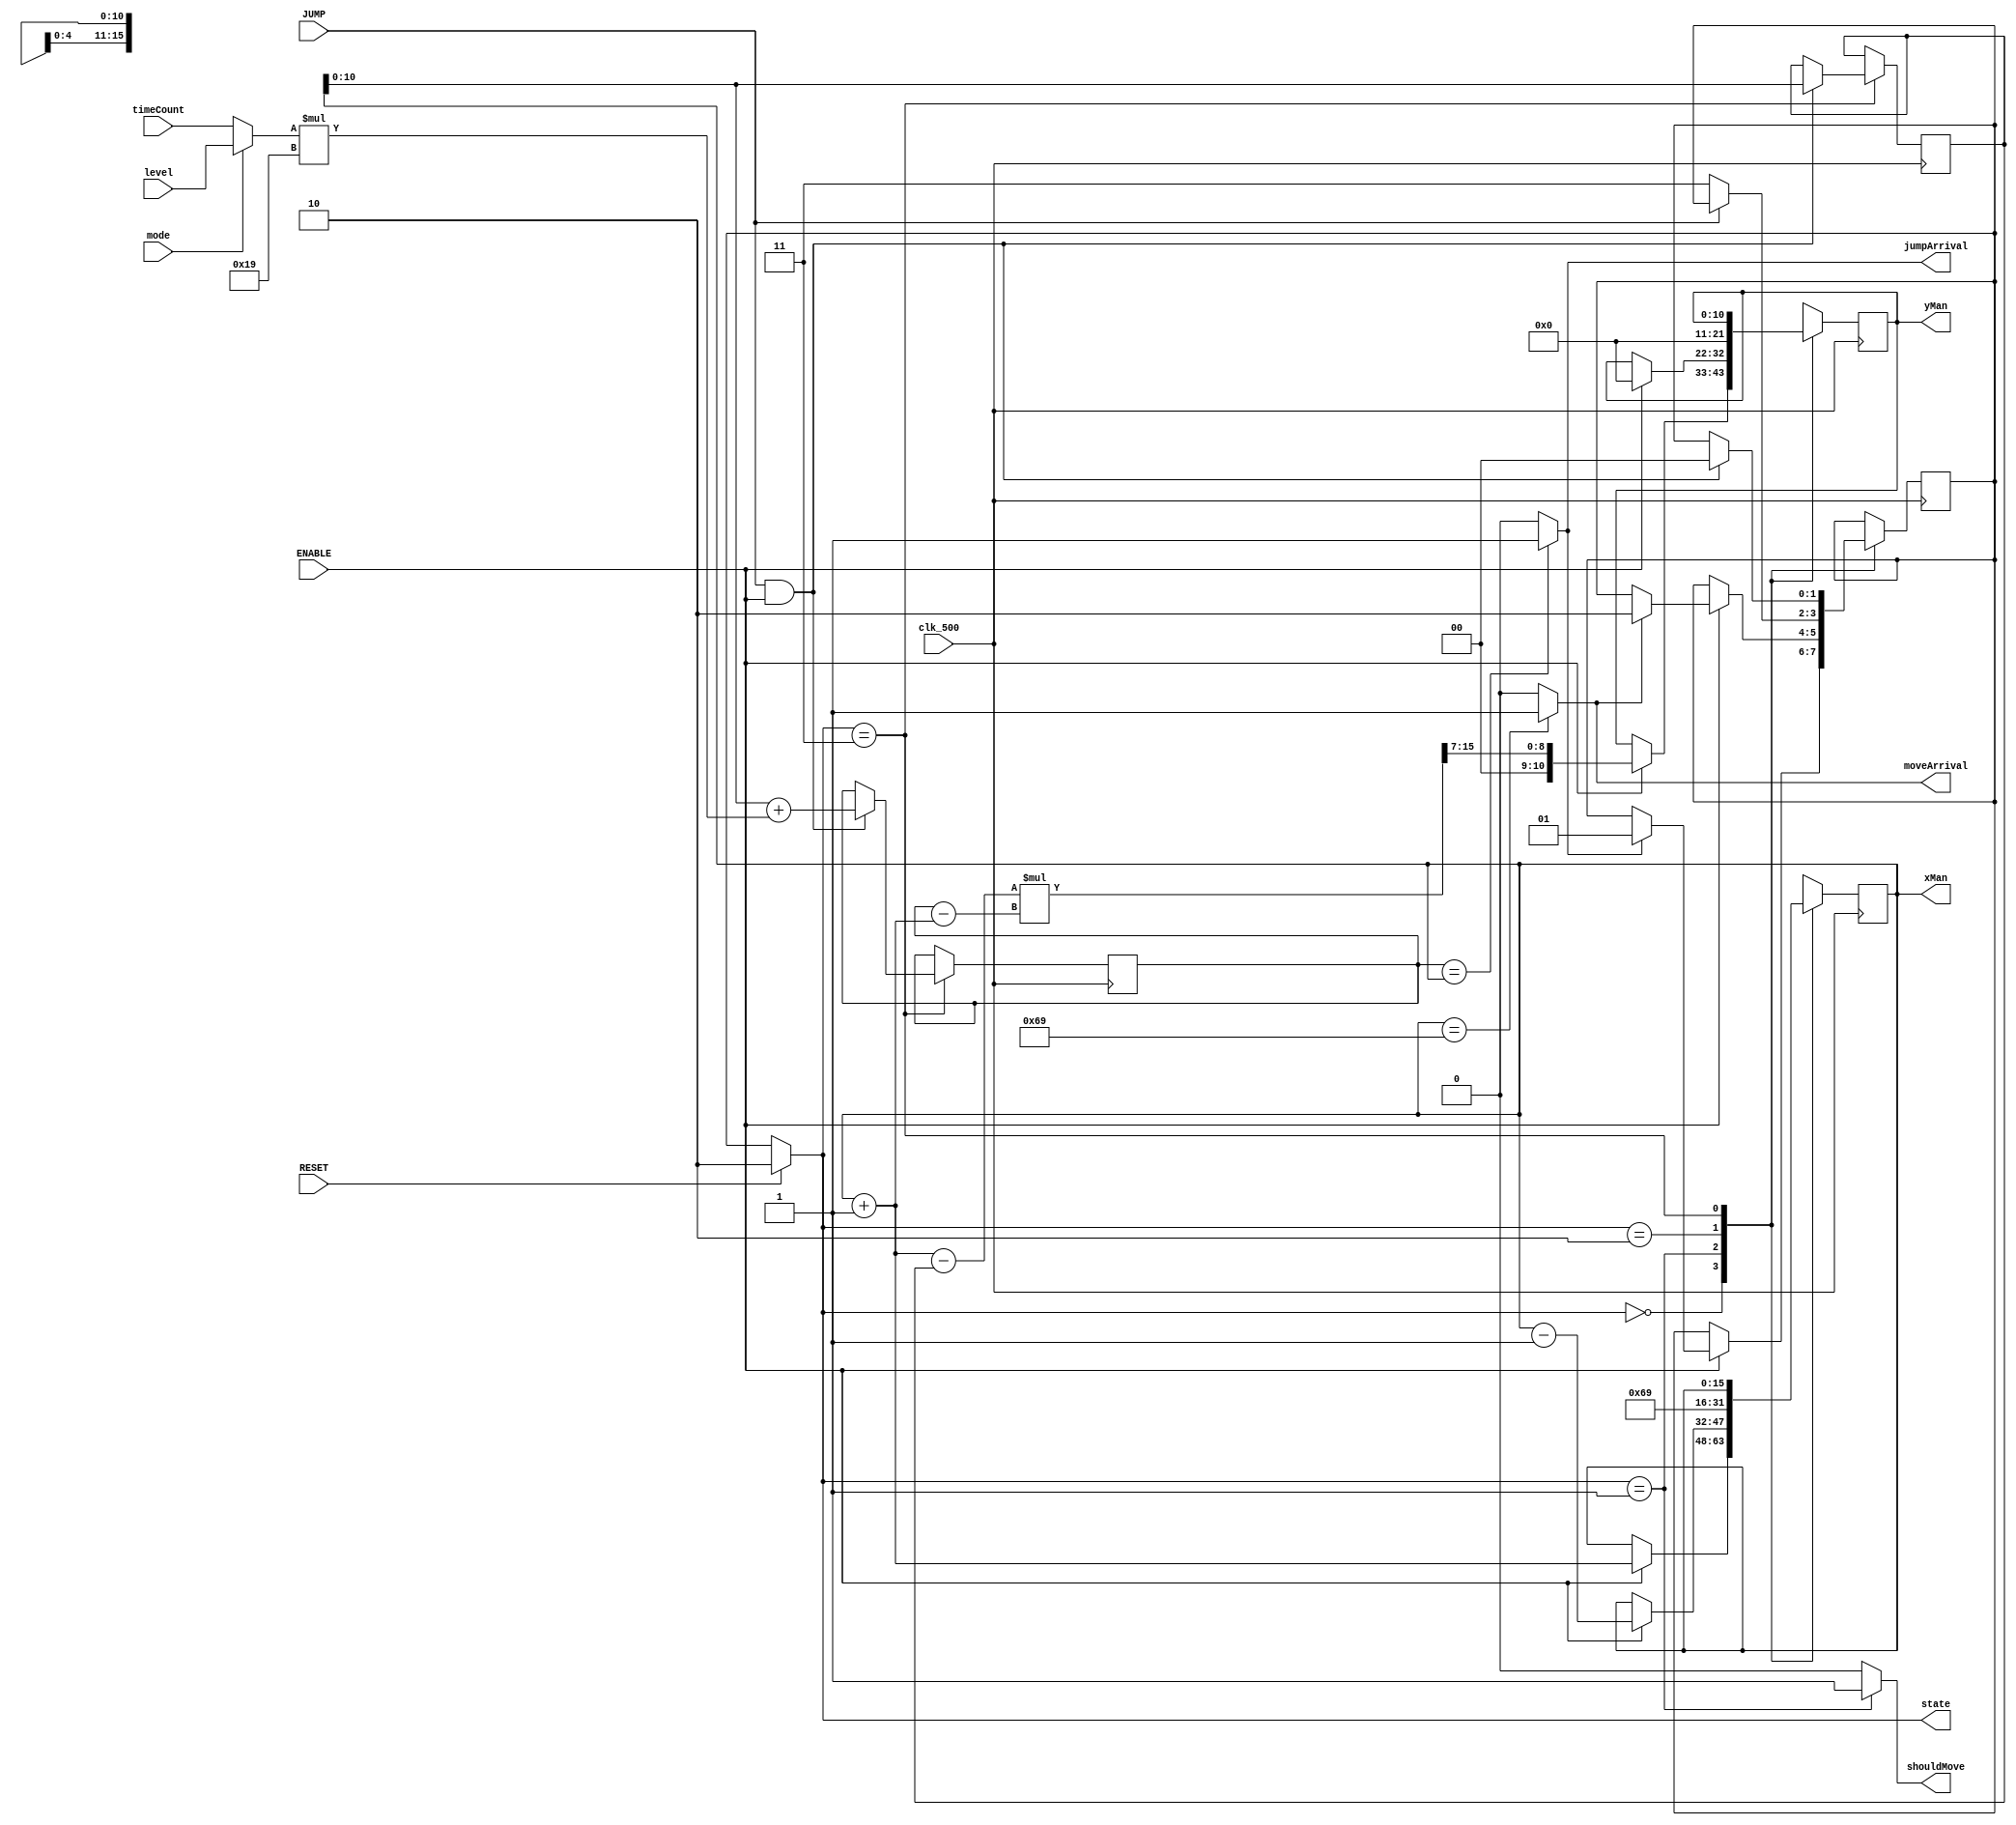
`timescale 1ns / 1ps
//////////////////////////////////////////////////////////////////////////////////
// Company: 
// Engineer: 
// 
// Design Name: 
// Module Name: Man
// Project Name: 
// Target Devices: 
// Tool Versions: 
// Description: 
// 
// Dependencies: 
// 
// Revision:
// Revision 0.01 - File Created
// Additional Comments:
// 
//////////////////////////////////////////////////////////////////////////////////


module Man(
    input mode,
    input [10:0] level,
    input clk_500,
    input RESET,
    input JUMP,
    input ENABLE,
    input [10:0]timeCount,
    output shouldMove,
    output reg [15:0]xMan,
    output reg [10:0]yMan,
    output reg [1:0]state,
    output wire jumpArrival,
    output wire moveArrival
    );
   parameter MANPOS = 105;
    
    wire [10:0] pressTime;
    assign pressTime = (mode == 0)? timeCount : level;
    
    reg [10:0]next_x, prev_x;
    assign jumpArrival = (next_x == xMan) ? 1:0;
    assign moveArrival = (xMan == MANPOS) ? 1:0;
    
    parameter JUMPING= 2'b00, MOVING = 2'b01, STAYING = 2'b10, WAITING = 2'b11;
     reg [1:0] nextState;
   
    initial
         begin
         state = STAYING; xMan = MANPOS; yMan = 0;nextState = STAYING;
         end   
    
    assign shouldMove = (state == MOVING) ? 1:0;         
    wire shouldWait;
    assign shouldWait = ~JUMP; 
    
    always @ (posedge clk_500)
        case (state)
            JUMPING:
                    if ( ENABLE )
                    begin
                    xMan = xMan + 1;
                    yMan = (xMan - prev_x) * (next_x - xMan) >> 7;  
                    if ( jumpArrival )
                        nextState <= MOVING;
                    //else state <= state;                    
                    end
            MOVING: 
                    if ( ENABLE )                    
                    begin
                    xMan = xMan - 1;
                    yMan = 0;
                    if ( moveArrival )
                         nextState <= STAYING;
                     //else state <= state;                                 
                    end 
            STAYING: begin
                     xMan = MANPOS; yMan = 0;
                    if ( shouldWait )
                          nextState <= WAITING;
                      //else state <= state;                     
                     end
            WAITING:begin
                            if ( JUMP & ENABLE)
                                 begin
                                 nextState <= JUMPING;
                                 next_x <= xMan + pressTime * 25;
                                 prev_x <= xMan;
                                 end 
                             // else state <= state;
                             end            
            endcase      
        always @ (clk_500 or RESET)
            if ( RESET )
                state <= STAYING;
            else
                state <= nextState;
endmodule